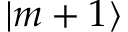
| m + 1 \rangle